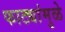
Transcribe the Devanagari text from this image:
फाट्यांमुळे